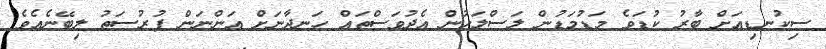
ސިކުނޑިއަށް ބާރު ކުޑަވެ މަޑުމަޑުން ލަސްލަހުން އެދުވަސްތައް ހަނދާނަށް އަންނަން ފުރުސަތު ލިބޭނެއެވެ.